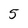
Character: 5